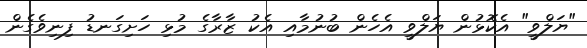
"ޔަލްވީ" އެކޮޅުން ޔަލްވީ އެހެން ބުނުމާއި އެކު ޒާރާގެ މުޅި ހަށިގަނޑު ފިނިވެގެން